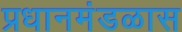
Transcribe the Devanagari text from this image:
प्रधानमंडळास